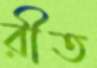
রীত